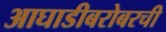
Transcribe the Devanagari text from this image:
आघाडीबरोबरची